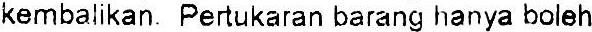
KEMBALIKAN. PERTUKARAN BARANG HANYA BOLEH